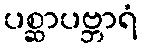
ပစ္ဆာပဗ္ဘာရံ